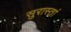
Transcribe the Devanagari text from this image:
सुरास्तां